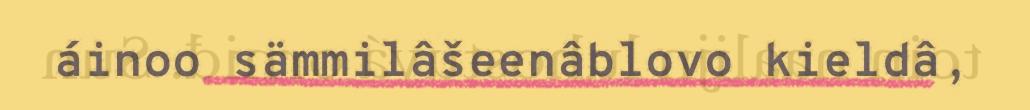
áinoo sämmilâšeenâblovo kieldâ,